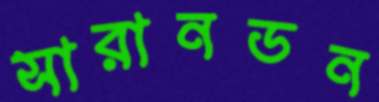
সারানডন